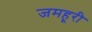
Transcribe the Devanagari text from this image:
जमहूरी